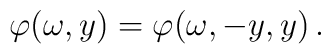
\varphi(\omega,y)= \varphi(\omega, -y, y)\,.